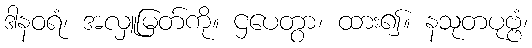
ဒါနဝရံ၊ အလှူမြတ်ကို။ ဌပေတွာ၊ ထား၍။ နသုတပုဗ္ဗံ၊